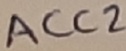
Text: ACC2